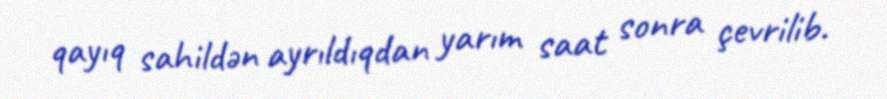
qayıq sahildən ayrıldıqdan yarım saat sonra çevrilib.